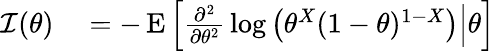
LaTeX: \begin{array}{rl}{{\mathcal{I}}(\theta)}&{{}=-\operatorname{E}\left[\left.{\frac{\partial^{2}}{\partial\theta^{2}}}\log\left(\theta^{X}(1-\theta)^{1-X}\right)\right|\theta\right]}\end{array}